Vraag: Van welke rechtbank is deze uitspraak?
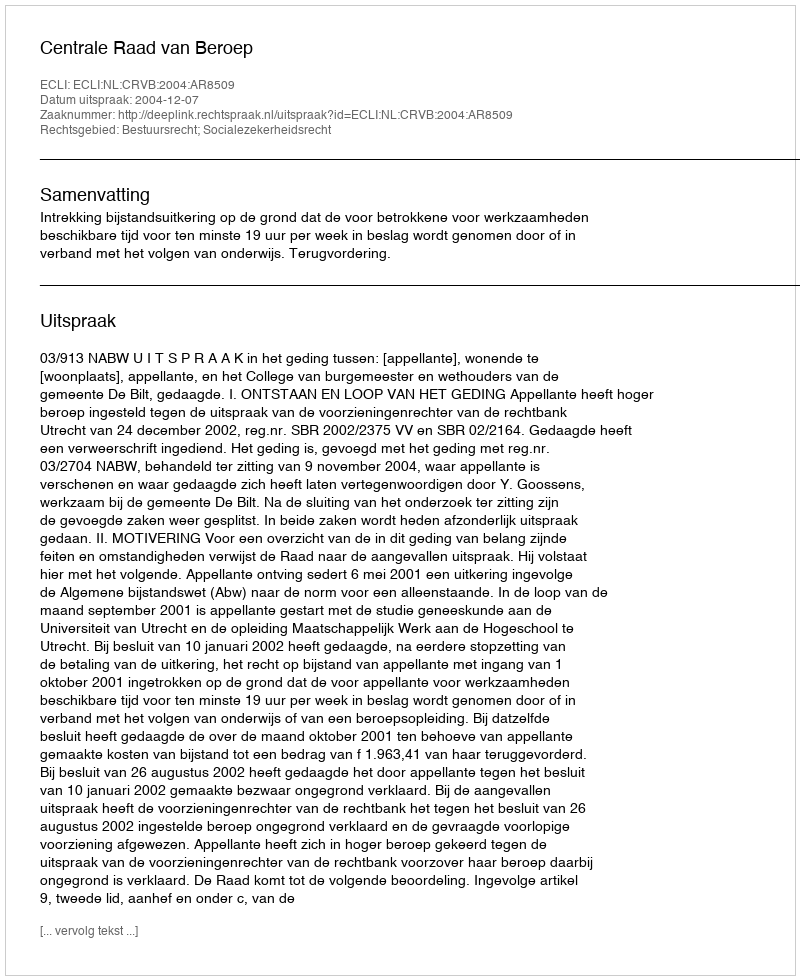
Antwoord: Centrale Raad van Beroep